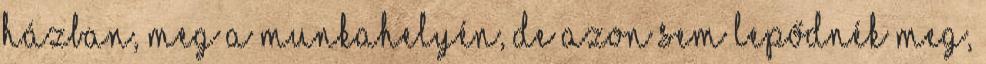
házban, meg a munkahelyén, de azon sem lepődnék meg,